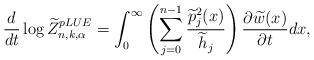
LaTeX: \begin{align*}\frac{d}{dt} \log \widetilde{Z}_{n,k,\alpha}^{pLUE} = \int_0^\infty \left(\sum_{j=0}^{n-1} \frac{\widetilde{p}_j^2(x)}{\widetilde{h}_j}\right)\frac{\partial \widetilde{w}(x)}{\partial t} dx, \end{align*}